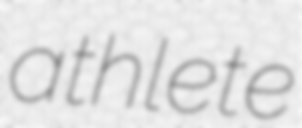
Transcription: athlete